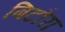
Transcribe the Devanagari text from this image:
बिटौरा